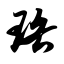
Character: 珞